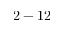
2 - 1 2